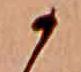
か